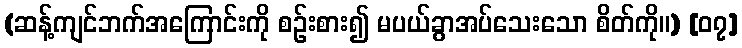
(ဆန့်ကျင်ဘက်အကြောင်းကို စဉ်းစား၍ မပယ်ခွာအပ်သေးသော စိတ်ကို။) [၀၇]